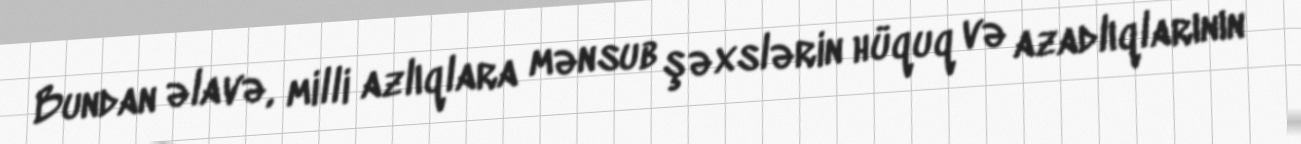
Bundan əlavə, milli azlıqlara mənsub şəxslərin hüquq və azadlıqlarının